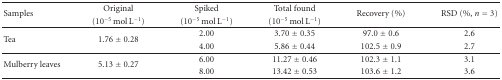
<table><thead><tr><td rowspan="2"><b>Samples</b></td><td><b>Original</b></td><td><b>Spiked</b></td><td><b>Total found</b></td><td rowspan="2"><b>Recovery (%)</b></td><td rowspan="2"><b>RSD (%, <i>n</i> = 3)</b></td></tr><tr><td><b>(10<sup>−5</sup> mol L<sup>−1</sup>)</b></td><td><b>(10<sup>−5</sup> mol L<sup>−1</sup>)</b></td><td><b>(10<sup>−5</sup> mol L<sup>−1</sup>) </b></td></tr></thead><tbody><tr><td rowspan="2">Tea</td><td rowspan="2">1.76 ± 0.28</td><td>2.00</td><td>3.70 ± 0.35</td><td>97.0 ± 0.6</td><td>2.6</td></tr><tr><td>4.00</td><td>5.86 ± 0.44</td><td>102.5 ± 0.9</td><td>2.7</td></tr><tr><td rowspan="2">Mulberry leaves</td><td rowspan="2">5.13 ± 0.27</td><td>6.00</td><td>11.27 ± 0.46</td><td>102.3 ± 1.1</td><td>3.1</td></tr><tr><td>8.00</td><td>13.42 ± 0.53</td><td>103.6 ± 1.2</td><td>3.6</td></tr></tbody></table>